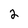
Character: 2